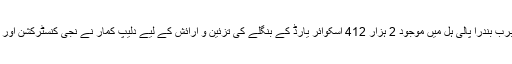
واضح رہے کہ ممبئی کے معروف علاقے سبرب بندرا پالی ہل میں موجود 2 ہزار 412 اسکوائر یارڈ کے بنگلے کی تزئین و آرائش کے لیے دلیپ کمار نے نجی کنسٹرکشن اور بلڈر کمپنی ’پراجیتا ڈویلپرز‘ کو ٹھیکہ دیا تھا۔